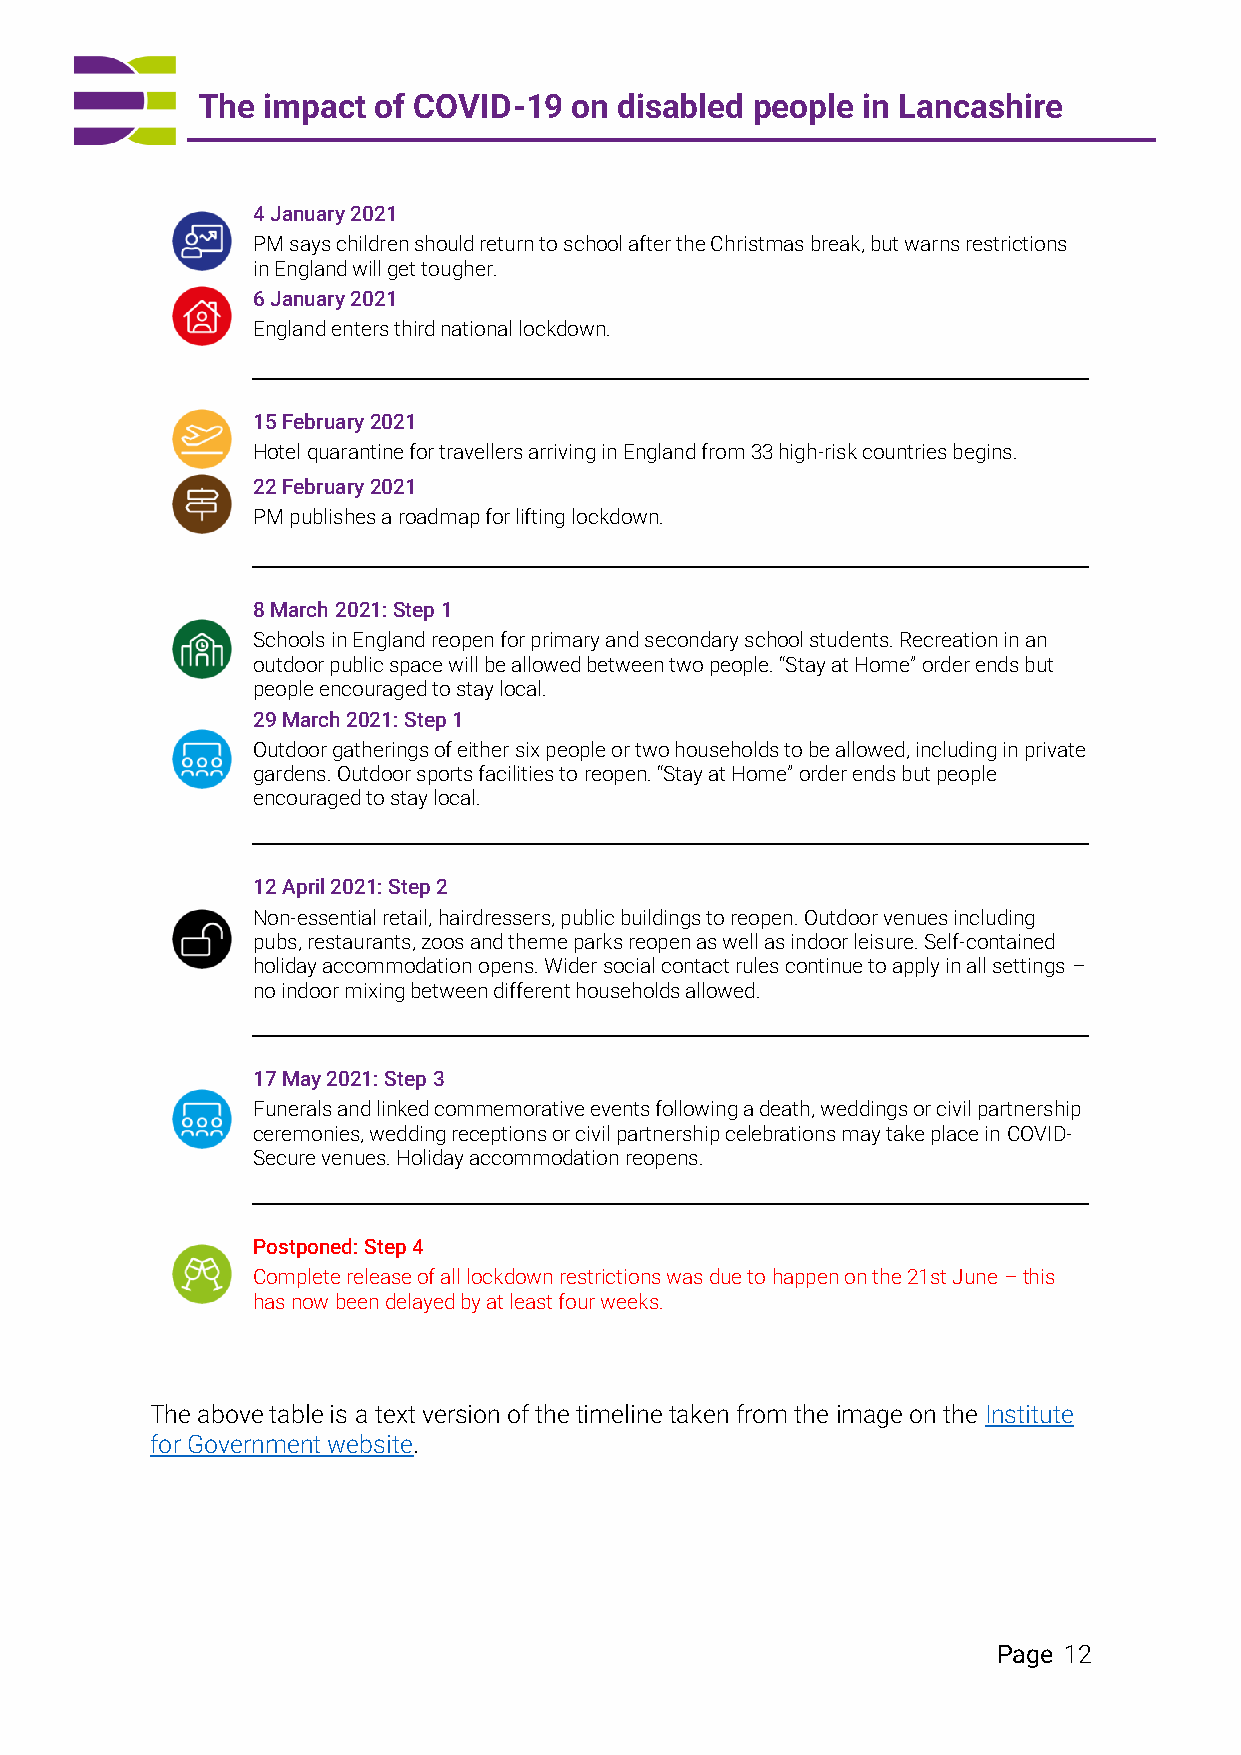
The impact  of COVID-19  on disabled people in Lancashire
 4 January 2021
 PM says children should return to school after the Christmas break, but warns restrictions
 in England will get tougher.
 6 January 2021
 England enters third national lockdown.
 15 February 2021
 Hotel quarantine for travellers arriving in England from 33 high-risk countries begins.
 22 February 2021
 PM publishes a roadmap for lifting lockdown.
 8 March 2021: Step 1
 Schools in England reopen for primary and secondary school students. Recreation in an
 outdoor public space will be allowed between two people. “Stay at Home” order ends but
 people encouraged to stay local.
 29 March 2021: Step 1
 Outdoor gatherings of either six people or two households to be allowed, including in private
 gardens. Outdoor sports facilities to reopen. “Stay at Home” order ends but people
 encouraged to stay local.
 12 April 2021: Step 2
 Non-essential retail, hairdressers, public buildings to reopen. Outdoor venues including
 pubs, restaurants, zoos and theme parks reopen as well as indoor leisure. Self-contained
 holiday accommodation opens. Wider social contact rules continue to apply in all settings –
 no indoor mixing between different households allowed.
 17 May 2021: Step 3
 Funerals and linked commemorative events following a death, weddings or civil partnership
 ceremonies, wedding receptions or civil partnership celebrations may take place in COVID-
 Secure venues. Holiday accommodation reopens.
 Postponed: Step 4
 Complete release of all lockdown restrictions was due to happen on the 21st June – this
 has now been delayed by at least four weeks.
 The above table is a text version of the timeline taken from the image on the Institute
 for Government website.
 Page 12